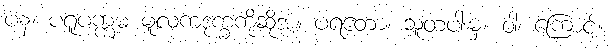
ပန၊ ပရူပက္ကမ မူလကဒုက္ခကိုဆိုအံ့။ ပရတော၊ သူတပါးမှ။ ဝါ၊ ကြောင့်။